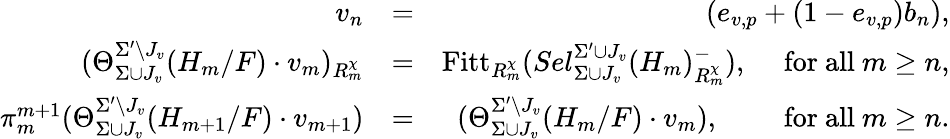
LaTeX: \begin{array}{rlr}{v_{n}}&{=}&{(e_{v,p}+(1-e_{v,p})b_{n}),}\\ {(\Theta_{\Sigma\cup J_{v}}^{\Sigma^{\prime}\setminus J_{v}}(H_{m}/F)\cdot v_{m})_{R_{m}^{\chi}}}&{=}&{\mathrm{Fitt}_{R_{m}^{\chi}}(Sel_{\Sigma\cup J_{v}}^{\Sigma^{\prime}\cup J_{v}}(H_{m})_{R_{m}^{\chi}}^{-}),\quad\mathrm{~for~all~}m\geq n,}\\ {\pi_{m}^{m+1}(\Theta_{\Sigma\cup J_{v}}^{\Sigma^{\prime}\setminus J_{v}}(H_{m+1}/F)\cdot v_{m+1})}&{=}&{(\Theta_{\Sigma\cup J_{v}}^{\Sigma^{\prime}\setminus J_{v}}(H_{m}/F)\cdot v_{m}),\qquad\mathrm{~for~all~}m\geq n.}\end{array}